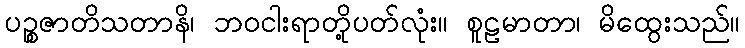
ပဉ္စဇာတိသတာနိ၊ ဘဝငါးရာတို့ပတ်လုံး။ စူဠမာတာ၊ မိထွေးသည်။